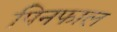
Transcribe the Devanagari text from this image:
पिनफाल